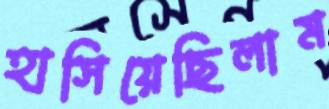
হাসিয়েছিলাম